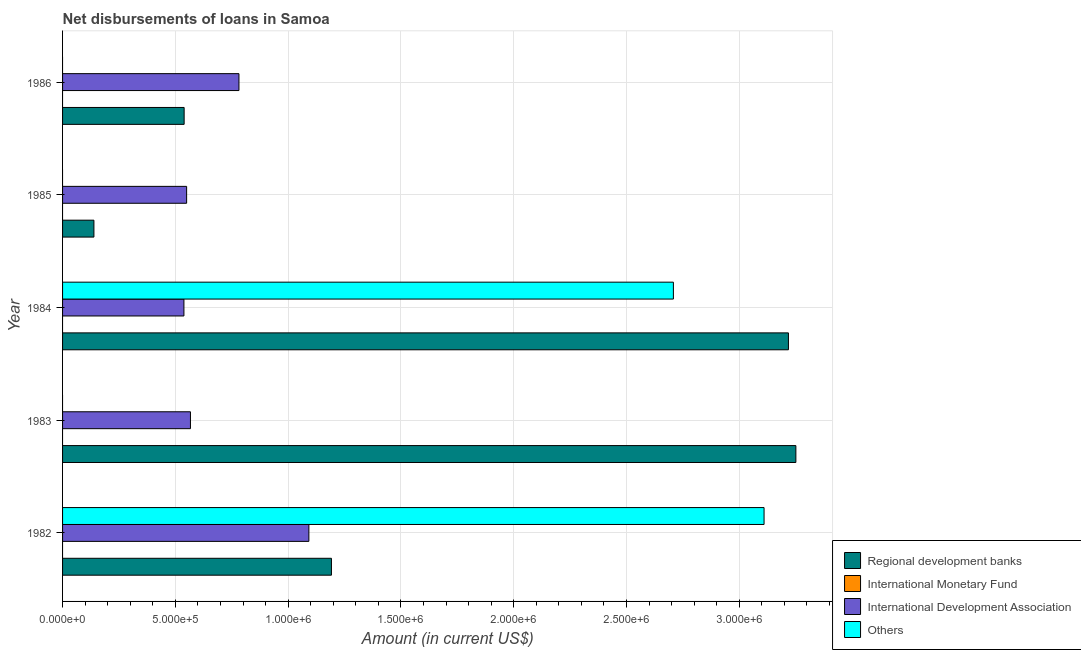
| Year | Regional development banks | International Monetary Fund | International Development Association | Others |
 | --- | --- | --- | --- | --- |
 | 1982 | 1.19e+06 | -1.2e+04 | 1.09e+06 | 3.11e+06 |
 | 1983 | 3.25e+06 | -6e+04 | 5.67e+05 | -1.92e+05 |
 | 1984 | 3.22e+06 | -1.98e+05 | 5.38e+05 | 2.71e+06 |
 | 1985 | 1.39e+05 | -3.33e+05 | 5.5e+05 | -2.11e+05 |
 | 1986 | 5.39e+05 | -4.58e+05 | 7.82e+05 | -5.32e+05 |